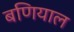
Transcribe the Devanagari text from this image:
बणियाल